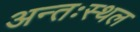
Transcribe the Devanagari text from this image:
अन्तःस्थल